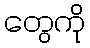
တွေကို